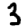
Digit: 3